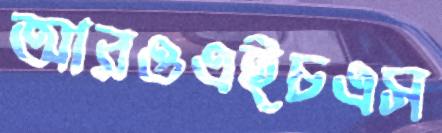
আরওএইচএস